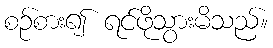
စဉ်စား၍ ရင်ဖိုသွားမိသည်။